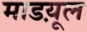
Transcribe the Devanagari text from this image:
माडय़ूल